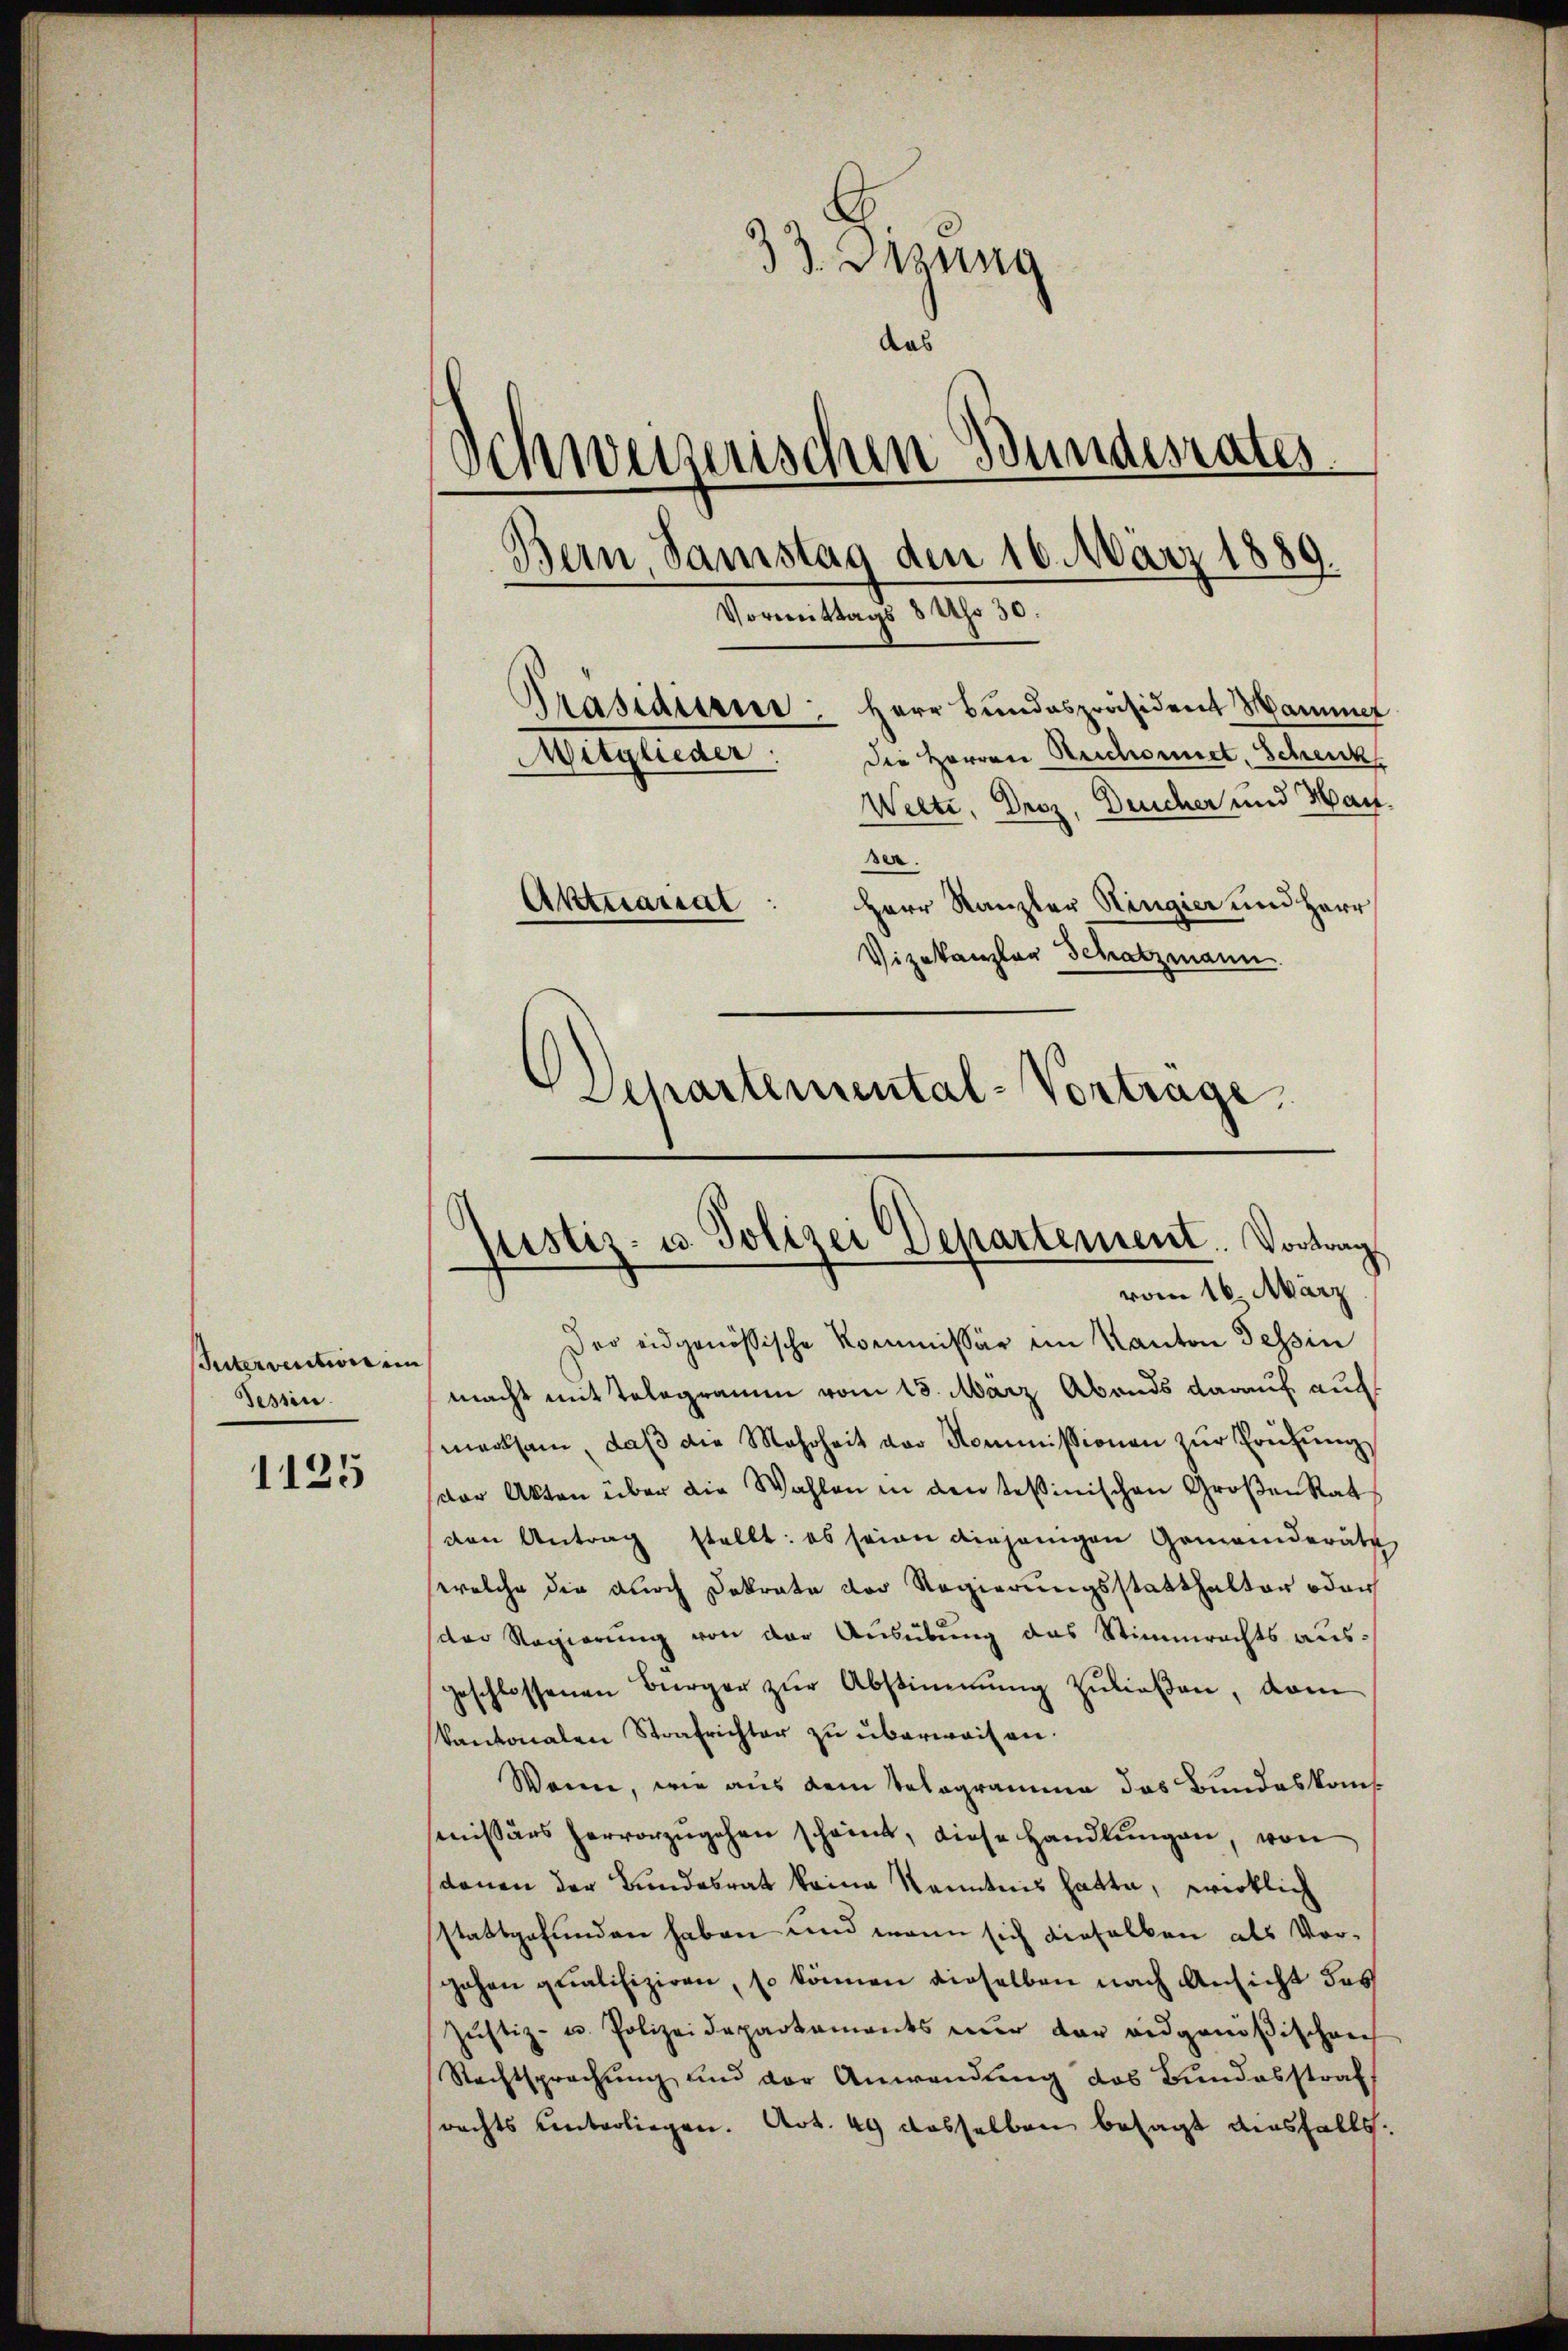
Intervention im
Tessin.

1125

33. Sitzung
das
Schweizerischen Bundesrates
Präsidierne Herr Bŭndespräsident Mannet
Mitglieder: Die Herren Reichnet, Schenk
Welti, Droz. Deucher und Hanser.
Aktuarial
Herr Kanzler Ringier und Herr
Vizekanzler Schatzmann.
Departemental-Vortrage

justiz- u. Polizei Departement. Vortrag
vom 16. März

Bern, Samstag den 16. März 1889.
Vormittags 8 Uhr 30.

Der eidgenössische Kommissär im Kanton Tessin
macht mit Telegramm vom 13. März Abends darauf auch
merksam, daβ die Mehrheit vor Kommissionen zŭr Prüfung
(der Akten über die Wahlen in den tessinischen Großen Rat
den Antrag stellt: es seien diejenigen Gemeinderäth
welche die durch Dokrate der Regierungsstatthalter oder
(der Regierung von der Ausübung das Stimmrechts ausgeschlossenen Bürger zŭr Abstimmung zuließen, vom
Kantonalen Strafrichter zu überwaisen.
Wann, wie aus dem Telegramme das Bundeskom
mmissärs hervorzugehen scheint, diese Handlungen, von
denen der Bundesrat keine Kenntnis hatte, wirklich
stattgefunden haben und wenn sich dieselben als Vorgohen qualifiziren, so können dieselben nach Ansicht des
Zŭstiz- u. Polizeidepartaments nŭr der eidgenößischen
Nachtsprachŭng und der Anwendung des Bundesstraf
rechts unterliegen. Art. 49 dasselben besagt diesfalls.